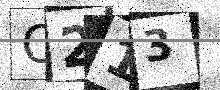
Text: O213